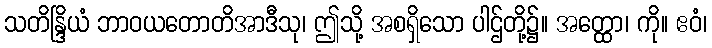
သတိန္ဒြိယံ ဘာဝယတောတိအာဒီသု၊ ဤသို့ အစရှိသော ပါဌ်တို့၌။ အတ္ထော၊ ကို။ ဧဝံ၊